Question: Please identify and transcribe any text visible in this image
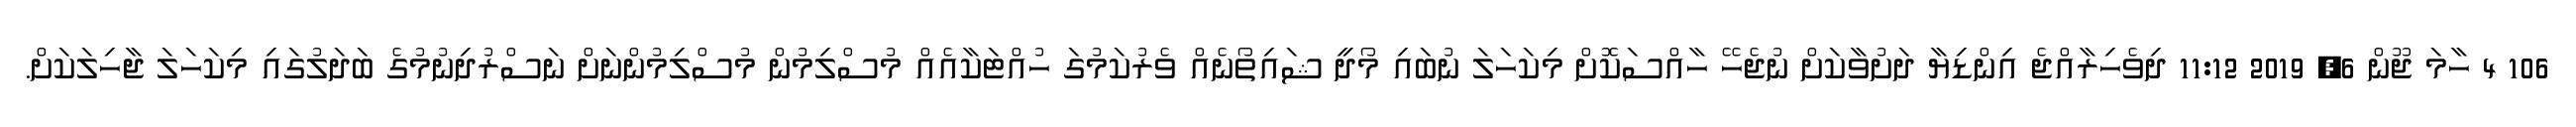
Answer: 106 4 ހާމަ ޖޫން 6, 2019 11:12 ދިވެހިރާއްޖެ އިންޑިޔާ ދަށުވާކަށް ނުޖެހޭ ހާއްސަކޮށް މިކަހަލަ ނުބައި މޯދީ ޝައިތޯނެއް ވެރުކަމުގަ ހުއްޓަކާއެއް މުސްލިމުން މުސްލިމުންނަށް ނަސްރުދިނުމުގެ ބަދަލުގައި މިކަހަލަ ޖާހިލަކަށް.